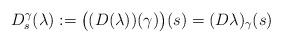
LaTeX: \begin{align*}D_{s}^{\gamma}(\lambda) := \bigl( (D(\lambda))(\gamma) \bigr) (s) = (D\lambda)_\gamma(s)\end{align*}